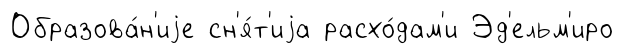
Образова́н'иjе сн'я́т'иjа расхо́дам'и Эд'ельм'иро